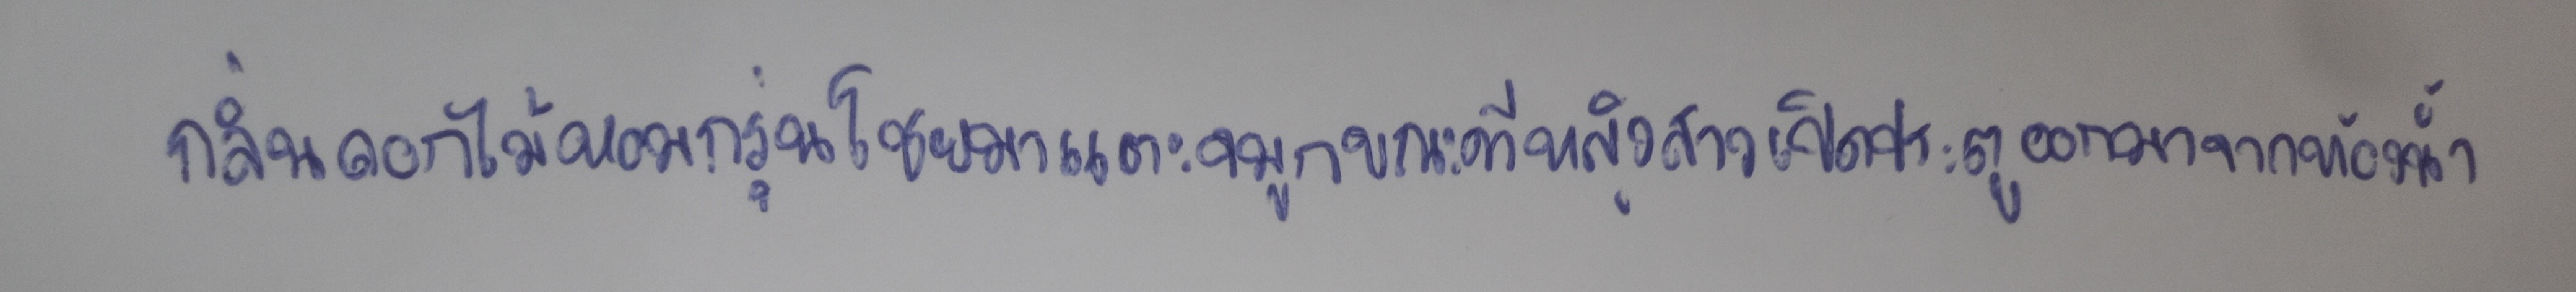
กลิ่นดอกไม้หอมกรุ่นโชยมาแตะจมูกขณะที่หญิงสาวเปิดประตูออกมาจากห้องน้ำ